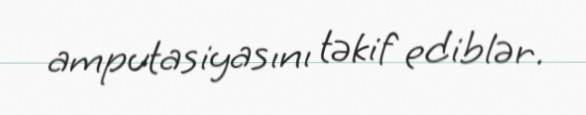
amputasiyasını təkif ediblər.